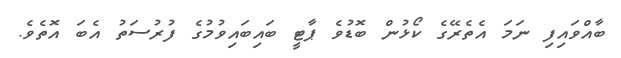
ބާއްވައިފި ނަމަ އެތެރޭގެ ކޯޅުން ބޮޑުވެ ޕާޓީ ބައިބައިވުމުގެ ފުރުސަތު އެބަ އޮތެވެ.